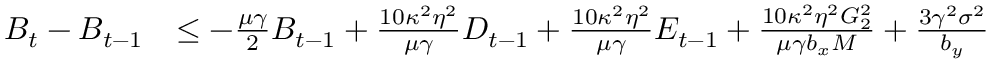
\begin{array} { r l } { B _ { t } - B _ { t - 1 } } & { \leq - \frac { \mu \gamma } { 2 } B _ { t - 1 } + \frac { 1 0 \kappa ^ { 2 } \eta ^ { 2 } } { \mu \gamma } D _ { t - 1 } + \frac { 1 0 \kappa ^ { 2 } \eta ^ { 2 } } { \mu \gamma } E _ { t - 1 } + \frac { 1 0 \kappa ^ { 2 } \eta ^ { 2 } G _ { 2 } ^ { 2 } } { \mu \gamma b _ { x } M } + \frac { 3 \gamma ^ { 2 } \sigma ^ { 2 } } { b _ { y } } } \end{array}